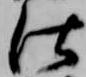
仕